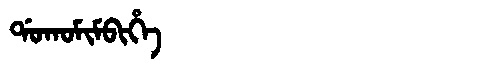
Manchu: ᡩᠣᡴᠣᠮᡳᠮᠪᡳᡥᡝ
Romanization: DOKOMIMBIHE